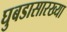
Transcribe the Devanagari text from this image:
घुबडासारख्या